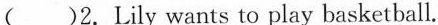
( )2.Lily wants to play basketball.